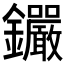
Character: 𨰫